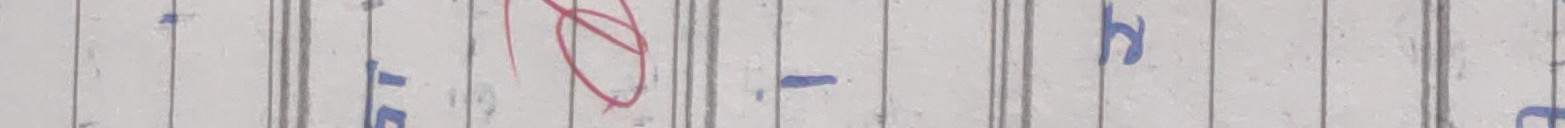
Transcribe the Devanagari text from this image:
ग ह प